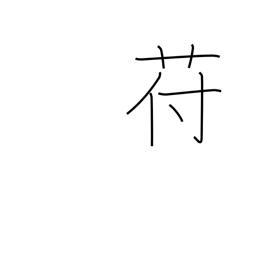
Meaning: kudzu-like plant